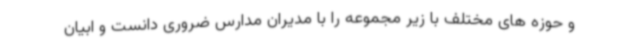
و حوزه های مختلف با زیر مجموعه را با مدیران مدارس ضروری دانست و ابیان